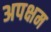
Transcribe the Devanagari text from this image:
अपक्षम